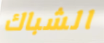
الشباك